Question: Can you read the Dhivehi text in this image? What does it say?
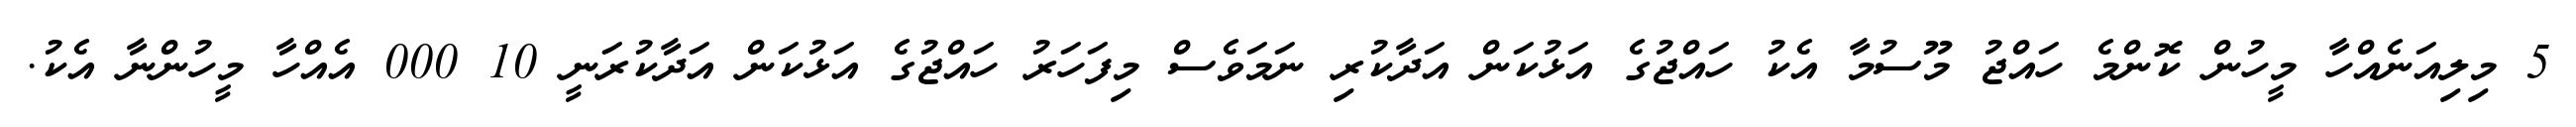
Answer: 5 މިލިއަނެއްހާ މީހުން ކޮންމެ ހައްޖު މޫސުމާ އެކު ހައްޖުގެ އަޅުކަން އަދާކުރި ނަމަވެސް މިފަހަރު ހައްޖުގެ އަޅުކަން އަދާކުރަނީ 10 000 އެއްހާ މީހުންނާ އެކު.